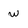
Character: w